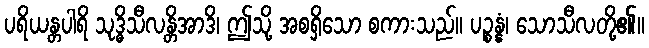
ပရိယန္တပါရိ သုဒ္ဓိသီလန္တိအာဒိ၊ ဤသို့ အစရှိသော စကားသည်။ ပဉ္စန္နံ၊ သောသီလတို့၏။